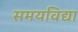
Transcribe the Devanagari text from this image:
समयविद्या